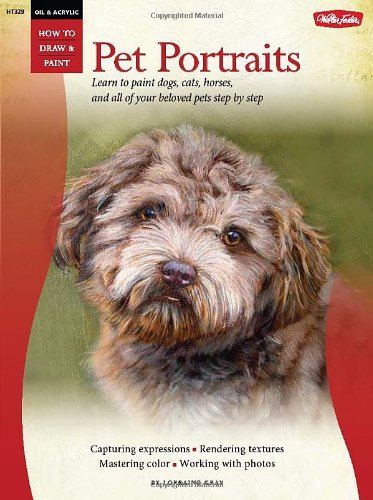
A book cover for Oil & Acrylic: Pet Portraits (How to Draw & Paint); Lorraine Gray; Arts & Photography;